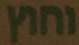
וחוץ